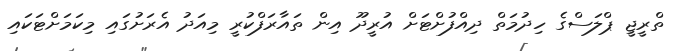
ތްރީޖީ ޕްލަސްގެ ހިދުމަތް ދިއްފުށްޓަށް އުރީދޫ އިން ތައާރަފްކުރީ މިއަދު އެރަށުގައި މިކަމަށްޓަކައި